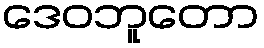
ဒေဝဘူတော